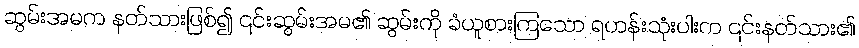
ဆွမ်းအမက နတ်သားဖြစ်၍ ၎င်းဆွမ်းအမ၏ ဆွမ်းကို ခံယူစားကြသော ရဟန်းသုံးပါးက ၎င်းနတ်သား၏